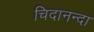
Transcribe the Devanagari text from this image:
चिदानन्दा